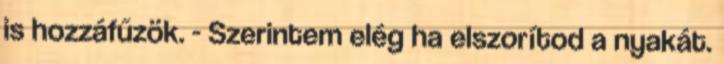
is hozzáfűzök. - Szerintem elég ha elszorítod a nyakát.